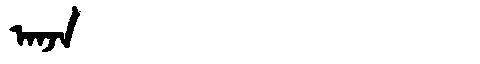
Manchu: ᠠᠨᠵᠠ
Romanization: ANJA